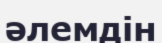
әлемдін